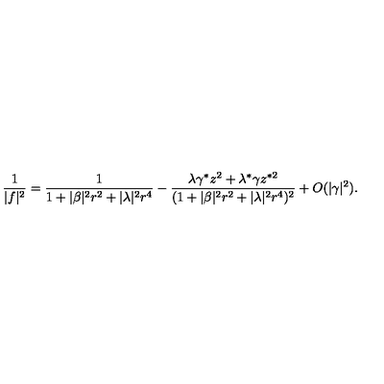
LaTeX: \frac { 1 } { | f | ^ { 2 } } = \frac { 1 } { 1 + | \beta | ^ { 2 } r ^ { 2 } + | \lambda | ^ { 2 } r ^ { 4 } } - \frac { \lambda \gamma ^ { * } z ^ { 2 } + \lambda ^ { * } \gamma z ^ { * 2 } } { ( 1 + | \beta | ^ { 2 } r ^ { 2 } + | \lambda | ^ { 2 } r ^ { 4 } ) ^ { 2 } } + O ( \vert \gamma \vert ^ { 2 } ) .